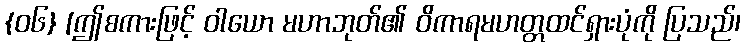
{၀၆} [ဤစကားဖြင့် ဝါယော မဟာဘုတ်၏ ဝိကာရမဟတ္တထင်ရှားပုံကို ပြသည်၊